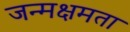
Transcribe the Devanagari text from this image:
जन्मक्षमता